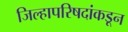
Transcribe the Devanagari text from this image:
जिल्हापरिषदांकडून